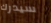
سيدرك